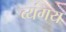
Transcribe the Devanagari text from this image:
व्यंगय